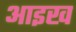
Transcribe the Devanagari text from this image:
आइख